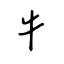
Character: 牛